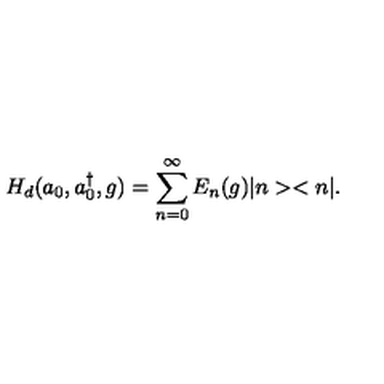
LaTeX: H _ { d } ( a _ { 0 } , a _ { 0 } ^ { \dag } , g ) = \sum _ { n = 0 } ^ { \infty } E _ { n } ( g ) | n > < n | .